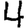
Digit: 4